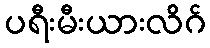
ပရီးမီးယားလိဂ်